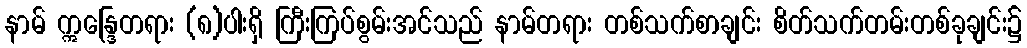
နာမ် ဣန္ဒြေတရား (၈)ပါးရှိ ကြီးကြပ်စွမ်းအင်သည် နာမ်တရား တစ်သက်စာချင်း စိတ်သက်တမ်းတစ်ခုချင်း၌